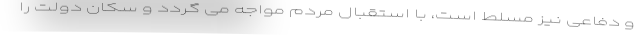
و دفاعی نیز مسلط است، با استقبال مردم مواجه می گردد و سکان دولت را